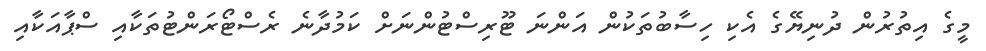
މީގެ އިތުރުން ދުނިޔޭގެ އެކި ހިސާބުތަކުން އަންނަ ޓޫރިސްޓުންނަށް ކަމުދާނެ ރެސްޓޯރަންޓުތަކާއި ސްޕާއަކާއި